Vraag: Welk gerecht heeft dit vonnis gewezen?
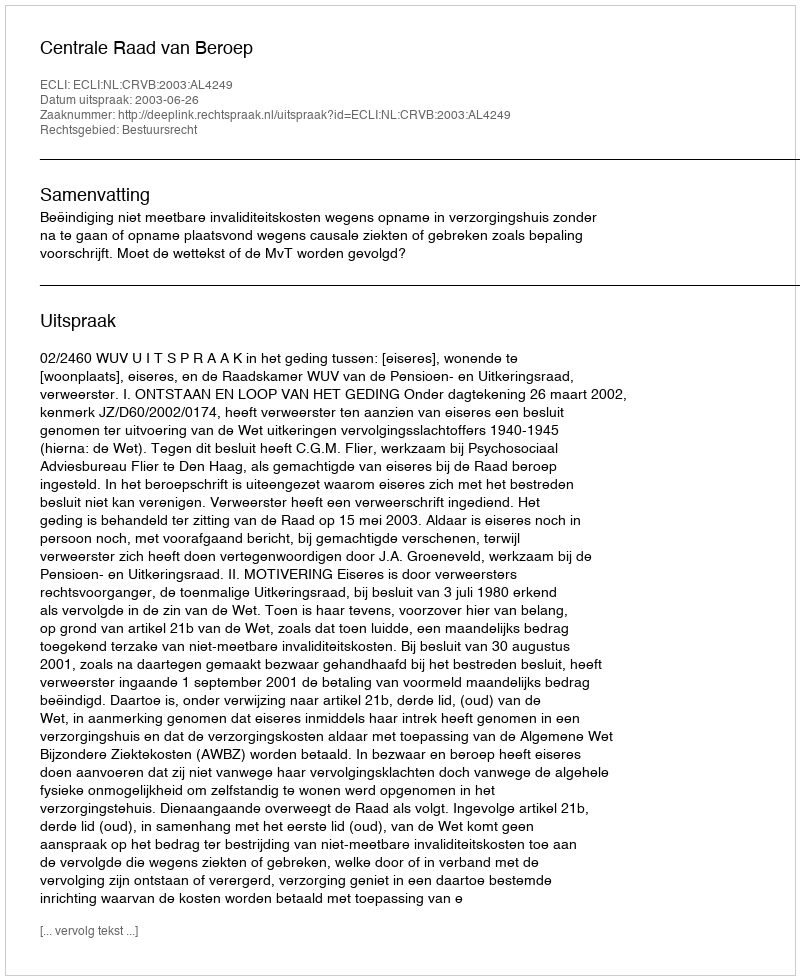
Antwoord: Centrale Raad van Beroep